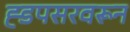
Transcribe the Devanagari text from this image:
ह्डपसरवरून